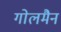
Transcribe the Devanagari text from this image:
गोलमैन